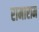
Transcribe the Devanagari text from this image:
रामाराम